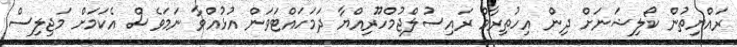
ރައްޔިތުން ކޯލިޝަނަށް ދިން އިހުތިރާމް ރައިސުލްޖުމްހޫރިއްޔާ ދަމަހައްޓަވަން އުޅުއްވާ ނަމަވެސް އެކަމަށް މަޖިލިސް